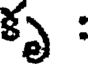
కృ :